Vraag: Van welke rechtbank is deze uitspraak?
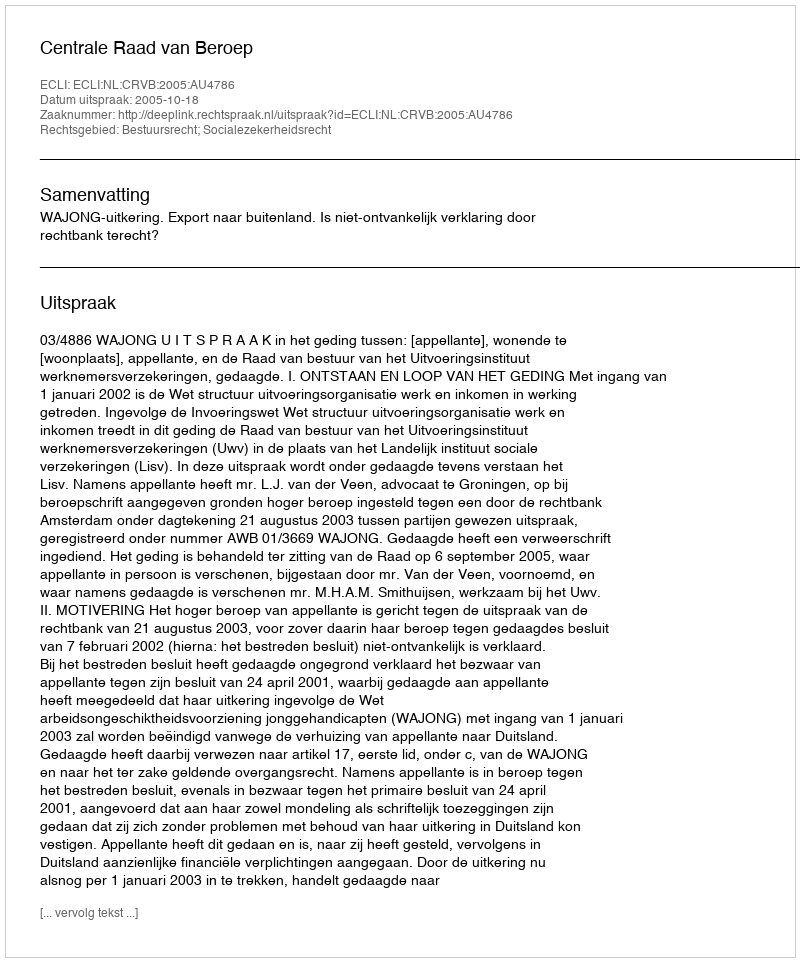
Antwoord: Centrale Raad van Beroep